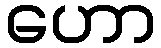
ဟော